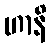
ဟာနိ